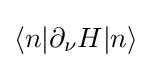
\langle n|\partial _{\nu }H|n\rangle